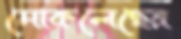
মোকলেছের